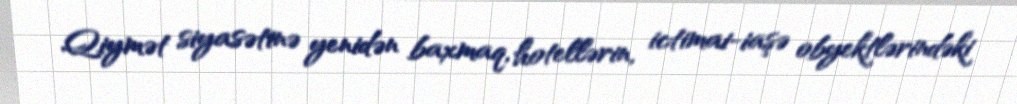
Qiymət siyasətinə yenidən baxmaq, hotellərin, ictimai-iaşə obyektlərindəki